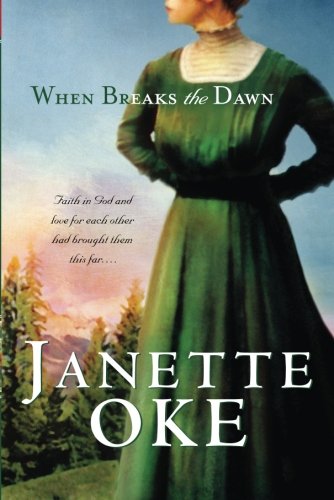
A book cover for When Breaks the Dawn (Canadian West #3); Janette Oke; Christian Books & Bibles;